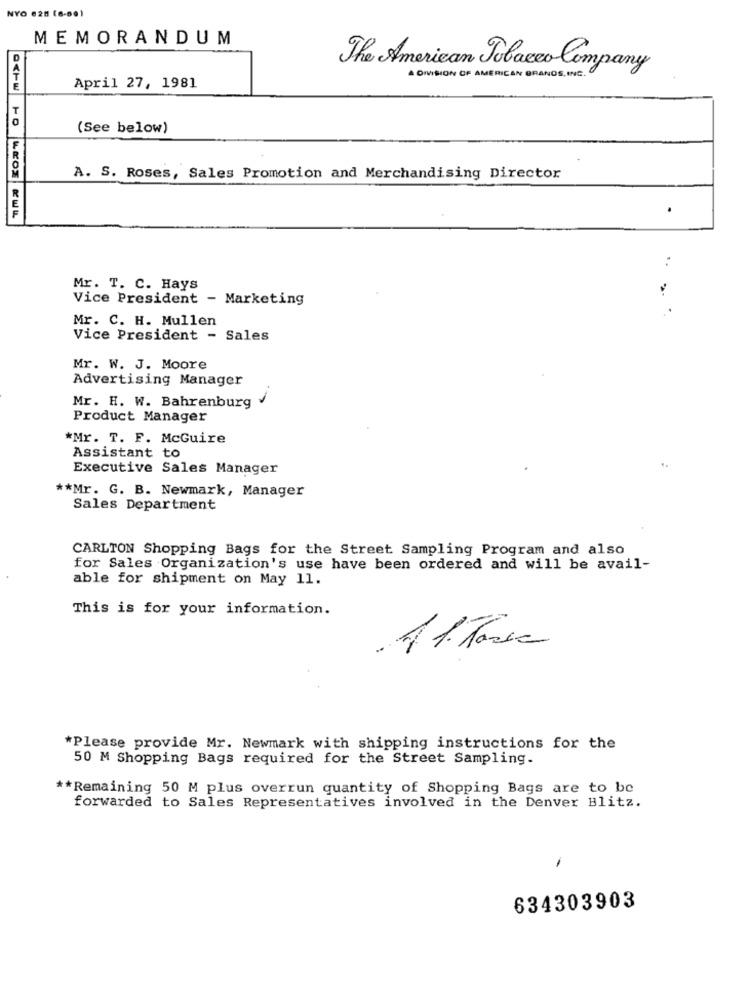
NYO 625 (6-00)
MEMORANDUM
The American Tobacco Company
A DIVISION OF AMERICAN GRANOS,INC.
April 27, 1981
(See below)
A. S. Roses, Sales Promotion and Merchandising Director
.
Mr. T. C. Hays
Vice President - Marketing
Mr. C. H. Mullen
Vice President - Sales
Mr. W. J. Moore
Advertising Manager
Mr. H. W. Bahrenburg
Product Manager
*Mr. T. F. McGuire
Assistant to
Executive Sales Manager
..
** Mr. G. B. Newmark, Manager
Sales Department
CARLTON Shopping Bags for the Street Sampling Program and also
for Sales Organization's use have been ordered and will be avail-
able for shipment on May 11.
This is for your information.
41. Tarea
*Please provide Mr. Newmark with shipping instructions for the
50 M Shopping Bags required for the Street Sampling.
** Remaining 50 M plus overrun quantity of Shopping Bags are to be
forwarded to Sales Representatives involved in the Denver Blitz.
-
634303903